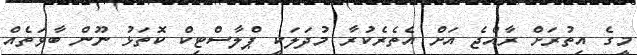
މީގެ އިތުރަށް ރާއްޖެ އަށް އެތެރެކުރާ މުދަލަކީ ޕްލާސްޓިކް ކޮތަޅު ނޫން ބާވަތެއް